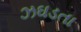
ઝઘડતા